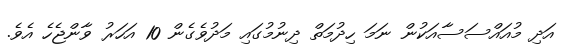
އަދި މުއައްސަސާއަކުން ނަމަ ހިދުމަތް ދިނުމުގައި މަދުވެގެން 10 އަހަރު ވާންޖެހެ އެވެ.